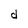
Character: d